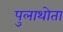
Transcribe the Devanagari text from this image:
पुलाथोता